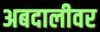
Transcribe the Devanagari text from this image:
अबदालीवर